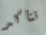
تتأكد